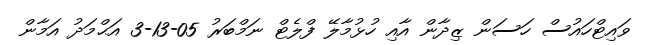
ވައިޓްހައުސް ހަސަން ޒިދާން އާއި ހުޅުމާލޭ ފްލެޓް ނަމްބަރު 05-13-3 އަޙްމަދު އަމާން